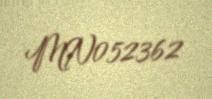
MN052362